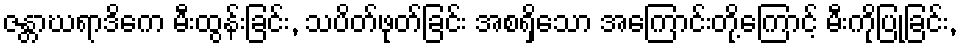
ဇန္တာဃရာဒိကေ မီးထွန်းခြင်း, သပိတ်ဖုတ်ခြင်း အစရှိသော အကြောင်းတို့ကြောင့် မီးကိုပြုခြင်း,